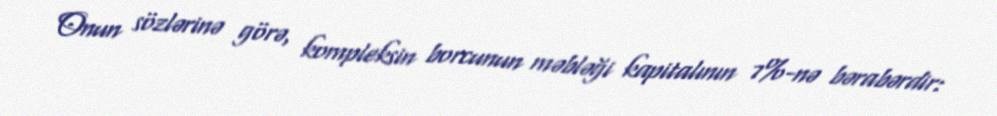
Onun sözlərinə görə, kompleksin borcunun məbləği kapitalının 7%-nə bərabərdir: